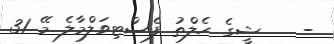
-    ޝީގެ ހެލްތު ފެސްޓިވަލްމާލެ މޭ 31